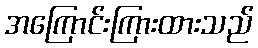
အကြောင်းကြားထားသည်